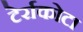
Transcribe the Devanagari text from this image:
टेर्राकोटा